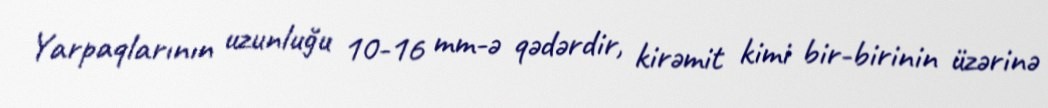
Yarpaqlarının uzunluğu 10-16 mm-ə qədərdir, kirəmit kimi bir-birinin üzərinə